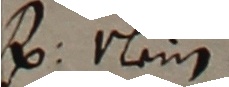
s Nein